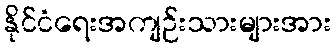
နိုင်ငံရေးအကျဉ်းသားများအား